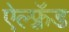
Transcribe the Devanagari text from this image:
ऐल्फ़्रॅड